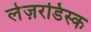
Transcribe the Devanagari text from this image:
लेज़रडिस्क